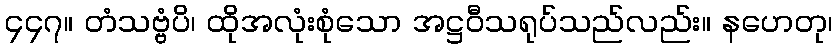
၄၄၇။ တံသဗ္ဗံပိ၊ ထိုအလုံးစုံသော အဋ္ဌဝီသရုပ်သည်လည်း။ နဟေတု၊